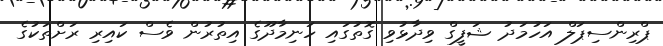
ޕްރިންސިޕަލް އަހުމަދު ޝަފީގް ވިދާޅުވި ގޮތުގައި ހަނިމާދޫގެ އިތުރުން ވެސް ކައިރި ރަށްތަކުގެ